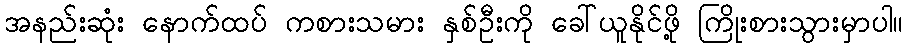
အနည်းဆုံး နောက်ထပ် ကစားသမား နှစ်ဦးကို ခေါ်ယူနိုင်ဖို့ ကြိုးစားသွားမှာပါ။